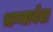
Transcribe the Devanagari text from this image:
भग्नावेश